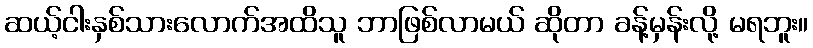
ဆယ့်ငါးနှစ်သားလောက်အထိသူ ဘာဖြစ်လာမယ် ဆိုတာ ခန့်မှန်းလို့ မရဘူး။